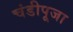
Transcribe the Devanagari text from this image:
चंडीपूजा